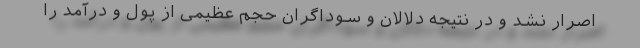
اصرار نشد و در نتیجه دلالان و سوداگران حجم عظیمی از پول و درآمد را